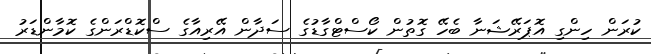
ކުރަން ހިންގި އޮޕަރޭޝަނާ ބެހޭ ގޮތުން ކޯސްޓްގާޑުގެ ސަދާން އޭރިއާގެ ސްކޮޑްރަންގެ ކޮމާންޑަރު